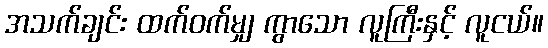
အသက်ချင်း ထက်ဝက်မျှ ကွာသော လူကြီးနှင့် လူငယ်။